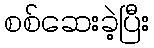
စစ်ဆေးခဲ့ပြီး